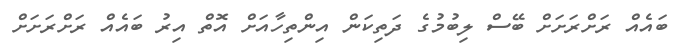
ބައެއް ރަށްރަށަށް ބޭސް ލިބުމުގެ ދަތިކަން އިންތިހާއަށް އޮތް އިރު ބައެއް ރަށްރަށަށް